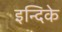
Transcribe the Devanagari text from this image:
इन्दिके